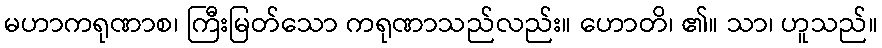
မဟာကရုဏာစ၊ ကြီးမြတ်သော ကရုဏာသည်လည်း။ ဟောတိ၊ ၏။ သာ၊ ဟူသည်။